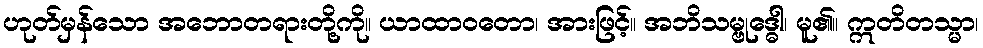
ဟုတ်မှန်သော အဘောတရားတို့ကို။ ယာထာဝတော၊ အားဖြင့်။ အဘိသမ္ဗုဒ္ဓေါ၊ မူ၏။ ဣတိတသ္မာ၊